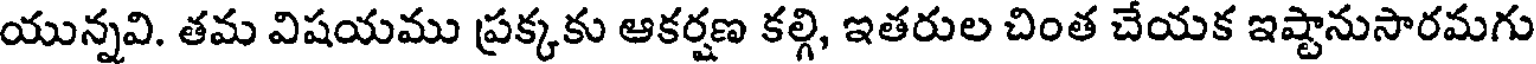
యున్నవి. తమ విషయము ప్రక్కకు ఆకర్షణ కల్గి, ఇతరుల చింత చేయక ఇష్టానుసారమగు